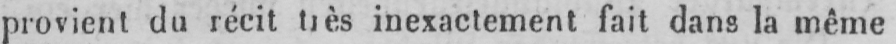
provient du récit très inexactement fait dans la même